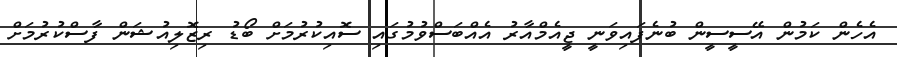
އެހެން ކަމުން އޭސީސީން ބުނެފައިވަނީ ޖީއެމްއާރު އެއްބަސްވުމުގައި ސޮއިކުރުމަށް ބޯޑު ރިޒޮލިއުޝަން ފާސްކުރުމަށް